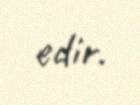
edir.